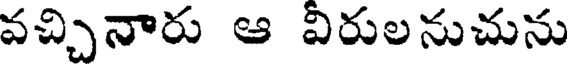
వచ్చినారు ఆ విరులనుచును